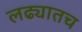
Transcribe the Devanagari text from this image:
लढ्यातच